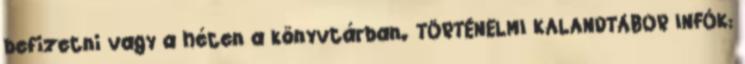
befizetni vagy a héten a könyvtárban. TÖRTÉNELMI KALANDTÁBOR INFÓK: